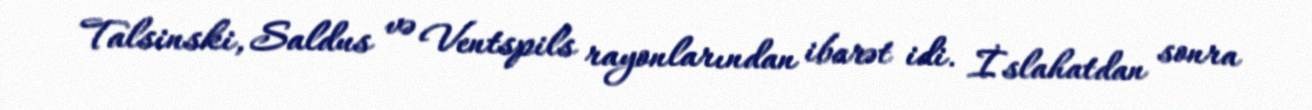
Talsinski, Saldus və Ventspils rayonlarından ibarət idi. İslahatdan sonra